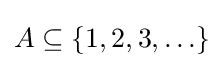
A\subseteq \{1,2,3,\ldots \}